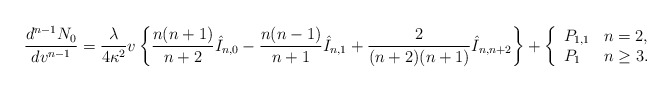
\begin{align*} \frac{d^{n-1}N_0}{dv^{n-1}}=\frac{\lambda}{4\kappa^2}v\left\{\frac{n(n+1)}{n+2}\hat{I}_{n,0}-\frac{n(n-1)}{n+1}\hat{I}_{n,1}+\frac{2}{(n+2)(n+1)}\hat{I}_{n,n+2}\right\}+\left\{ \begin{array}{ll} P_{1,1} & n=2,\\ P_1 & n\geq 3. \end{array}\right.\end{align*}